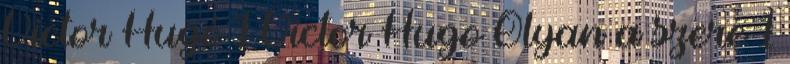
Victor Hugó 1 Victor Hugo Olyan a szere 1